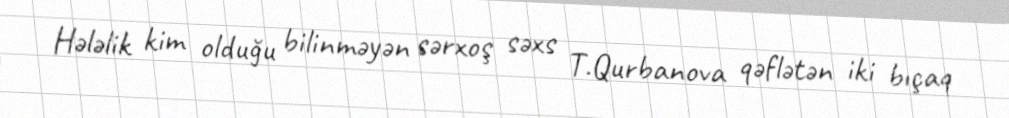
Hələlik kim olduğu bilinməyən sərxoş səxs T.Qurbanova qəflətən iki bıçaq